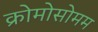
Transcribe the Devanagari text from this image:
क्रोमोसोमम